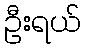
ဦးရယ်